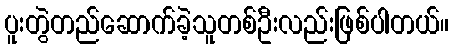
ပူးတွဲတည်ဆောက်ခဲ့သူတစ်ဦးလည်းဖြစ်ပါတယ်။